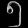
Digit: ၅